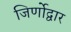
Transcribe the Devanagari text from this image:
जिर्णोद्वार